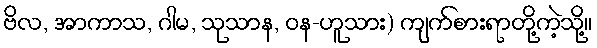
ဗိလ, အာကာသ, ဂါမ, သုသာန, ဝန-ဟူသား) ကျက်စားရာတို့ကဲ့သို့။